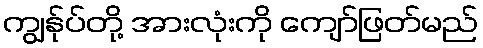
ကျွန်ုပ်တို့ အားလုံးကို ကျော်ဖြတ်မည်